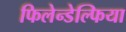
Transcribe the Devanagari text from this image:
फिलेन्डेल्फिया